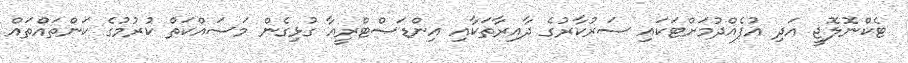
ޓެކްނޮލޮޖީ އަދި އުފެއްދުމަށްޓަކައި ސަރުކާރުގެ ދާއިރާތަކާއި އިންޑަސްޓްރީއާ ގުޅިގެން މަސައްކަތް ކުރުމުގެ ކަންތައްތައް